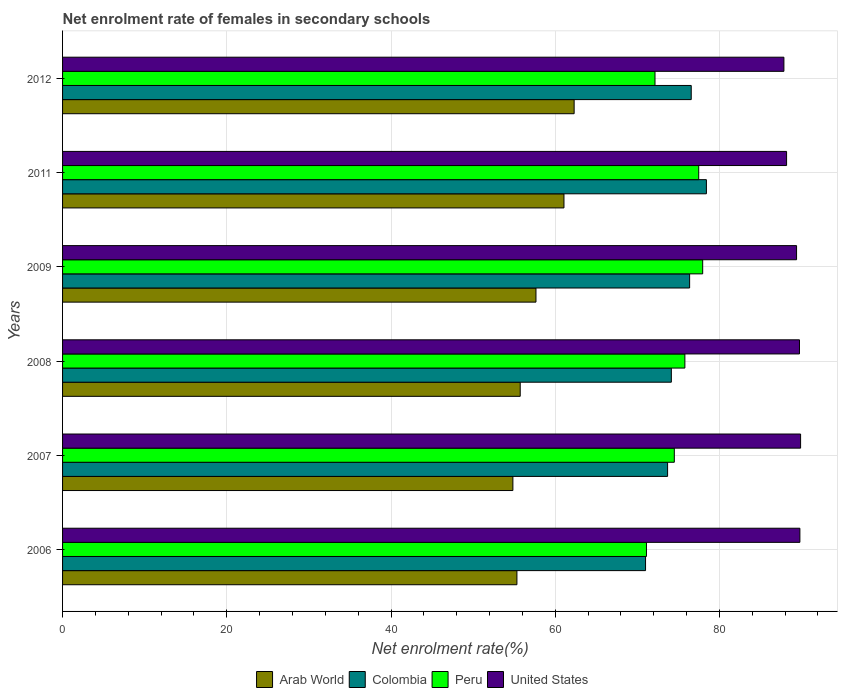
| Years | Arab World | Colombia | Peru | United States |
 | --- | --- | --- | --- | --- |
 | 2006 | 55.3 | 71 | 71.1 | 89.8 |
 | 2007 | 54.8 | 73.7 | 74.5 | 89.9 |
 | 2008 | 55.7 | 74.1 | 75.8 | 89.7 |
 | 2009 | 57.7 | 76.4 | 78 | 89.4 |
 | 2011 | 61.1 | 78.4 | 77.5 | 88.2 |
 | 2012 | 62.3 | 76.6 | 72.2 | 87.8 |